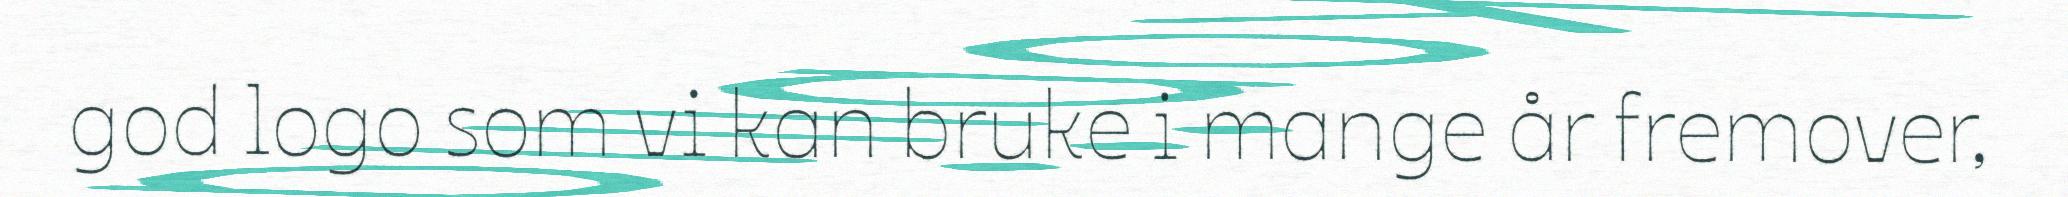
god logo som vi kan bruke i mange år fremover,